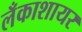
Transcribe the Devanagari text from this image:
लँकाशायर